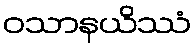
ဝသာနယိဿံ